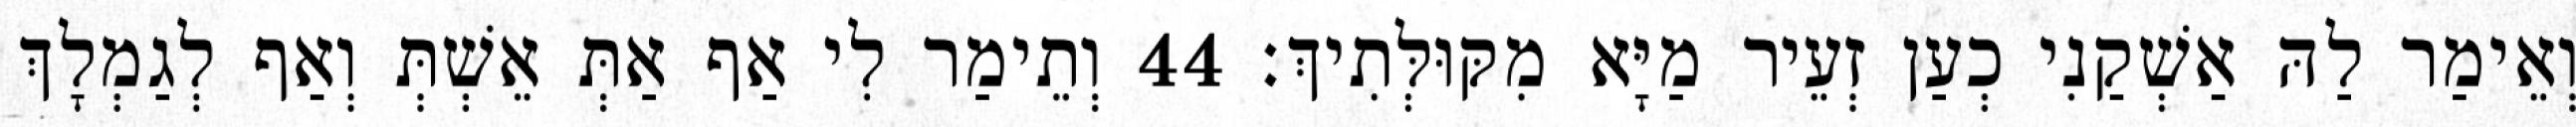
וְאֵימַר לַהּ אַשְׁקַנִי כְעַן זְעֵיר מַיָּא מִקּוּלְּתִיךְ׃ 44 וְתֵימַר לִי אַף אַתְּ אֵשְׁתְּ וְאַף לְגַמְלָךְ